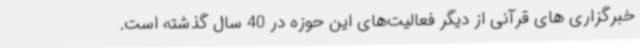
خبرگزاری های قرآنی از دیگر فعالیت‌های این حوزه در 40 سال گذشته است.